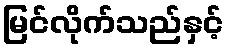
မြင်လိုက်သည်နှင့်